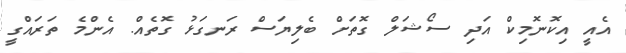
އެއީ އިކޮނޮމިކް އަދި ސޯޝަލް ގޮތަށް ބެލިޔަސް ރަނގަޅު ގޮތެއް. އެންމެ ތަރައްގީ